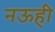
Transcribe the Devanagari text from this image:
नऊही